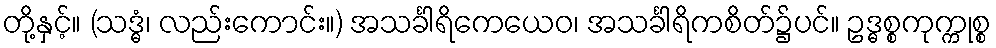
တို့နှင့်။ (သဒ္ဓံ၊ လည်းကောင်း။) အသင်္ခါရိကေယေဝ၊ အသင်္ခါရိကစိတ်၌ပင်။ ဥဒ္ဓစ္စကုက္ကုစ္စ